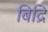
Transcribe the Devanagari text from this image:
बिद्रि